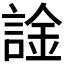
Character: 𫍀